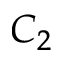
C _ { 2 }